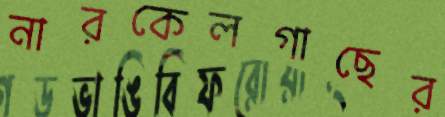
নারকেলগাছের